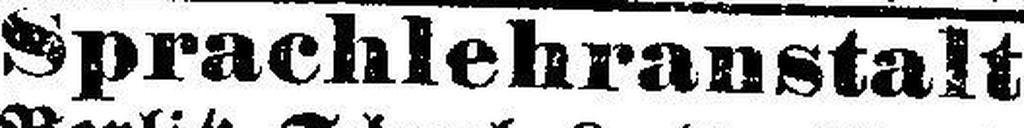
Sprachlehranstalt